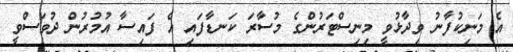
އެ މަނިކުފާނު ވިދާޅުވީ މިނިސްޓަރުންގެ މުސާރަ ކަނޑާފައި އެ ފައިސާ އުމުރުން ދުވަސްވީ